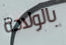
بالولادة